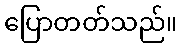
ပြောတတ်သည်။